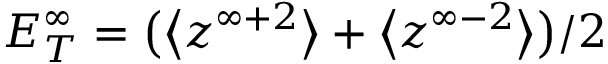
E _ { T } ^ { \infty } = \big ( \big < z ^ { \infty + 2 } \big > + \big < z ^ { \infty - 2 } \big > \big ) / 2